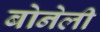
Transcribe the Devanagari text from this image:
बोनेली